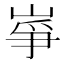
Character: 𡸵